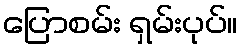
ပြောစမ်း ရှမ်းပုပ်။